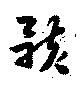
骸